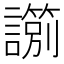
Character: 𧭀